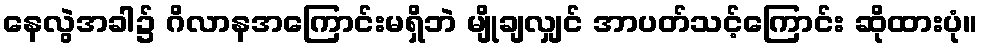
နေလွဲအခါ၌ ဂိလာနအကြောင်းမရှိဘဲ မျိုချလျှင် အာပတ်သင့်ကြောင်း ဆိုထားပုံ။